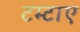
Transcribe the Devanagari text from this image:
टम्टाए